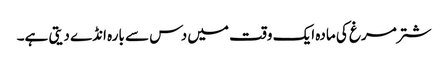
شتر مرغ کی مادہ ایک وقت میں دس سے بارہ انڈے دیتی ہے۔